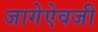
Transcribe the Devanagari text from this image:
जागेऐवजी